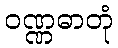
ဝဏ္ဏဓာတုံ